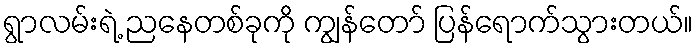
ရွာလမ်းရဲ့ ညနေတစ်ခုကို ကျွန်တော် ပြန်ရောက်သွားတယ်။